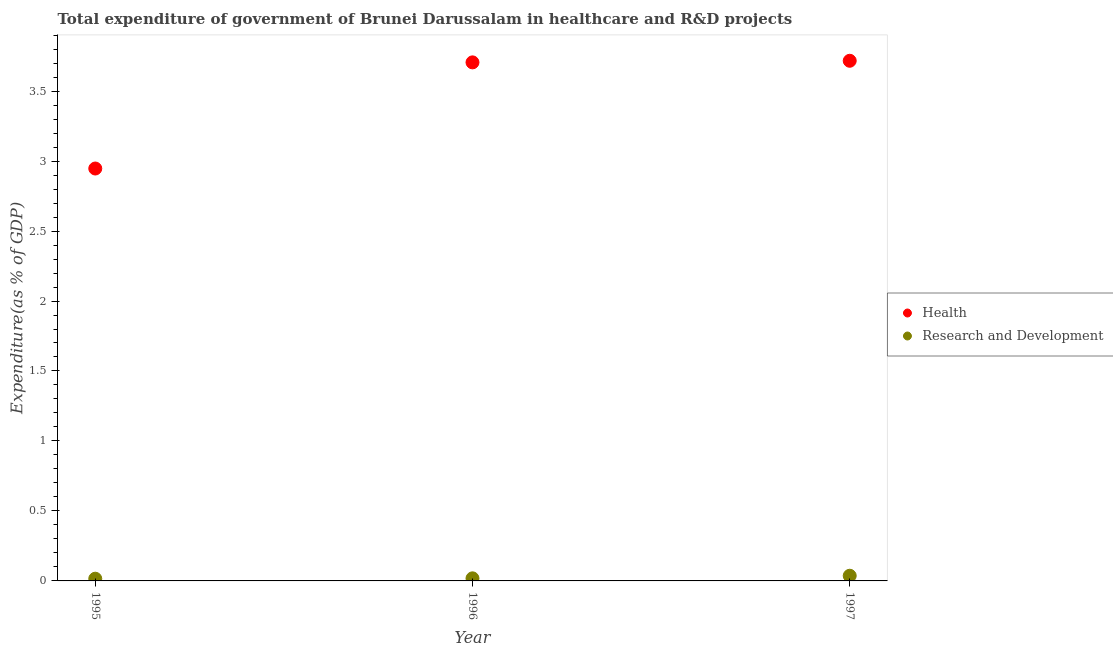
| Year | Health | Research and Development |
 | --- | --- | --- |
 | 1995 | 2.95 | 0.0159 |
 | 1996 | 3.71 | 0.0184 |
 | 1997 | 3.72 | 0.037 |